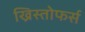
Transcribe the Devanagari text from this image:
ख्रिस्तोफर्स